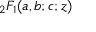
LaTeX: \, _ { 2 } F _ { 1 } ( a , b ; c ; z )